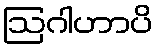
ဩဂါဟာပိ